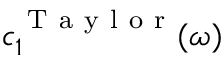
c _ { 1 } ^ { \mathrm { ~ T ~ a ~ y ~ l ~ o ~ r ~ } } ( \omega )